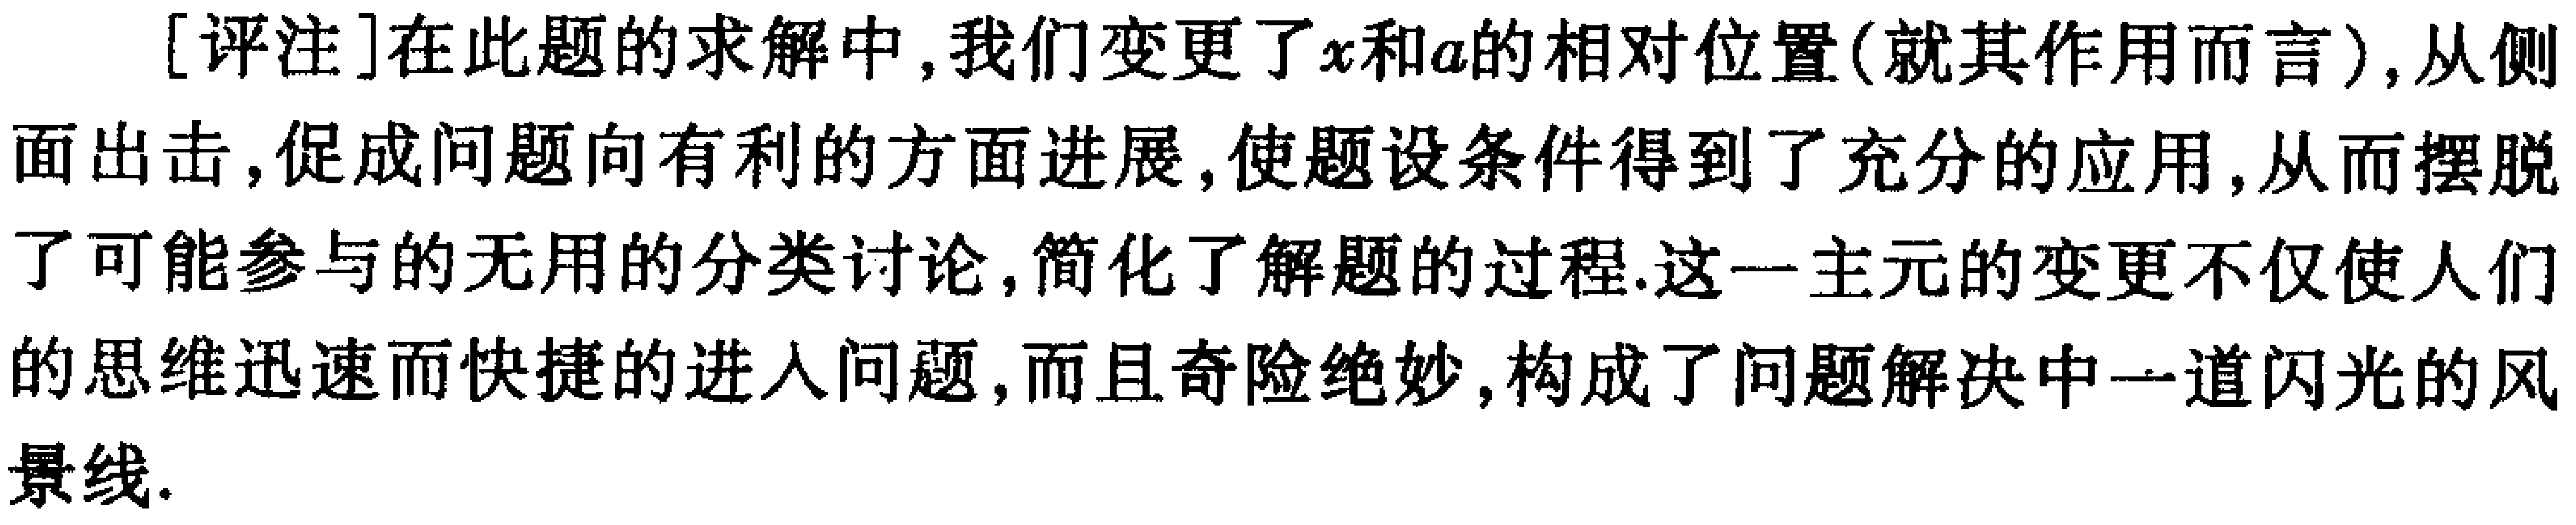
[评注]在此题的求解中,我们变更了\(x\)和\(a\)的相对位置(就其作用而言),从侧面出击,促成问题向有利的方面进展,使题设条件得到了充分的应用,从而摆脱了可能参与的无用的分类讨论,简化了解题的过程.这一主元的变更不仅使人们的思维迅速而快捷的进入问题,而且奇险绝妙,构成了问题解决中一道闪光的风景线.